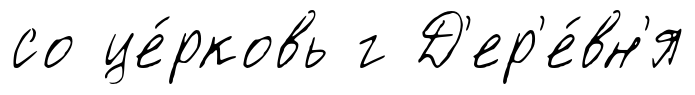
со це́рковь г Д'ер'е́вн'я